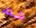
شفاه